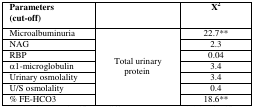
| Parameters (cut-off) |  | X2 |
 | --- | --- | --- |
 | Microalbuminuria | <ROWSPAN=7> Total urinary protein | 22.7** |
 | NAG | 2.3 |
 | RBP | 0.04 |
 | α1-microglobulin | 3.4 |
 | Urinary osmolality | 3.4 |
 | U/S osmolality | 0.4 |
 | % FE-HCO3 | 18.6** |